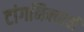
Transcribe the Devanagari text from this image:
टांगनिक्याची